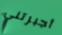
أجبرتني